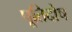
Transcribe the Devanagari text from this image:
पूतिदोष